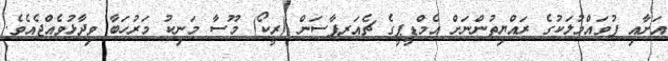
އަށާއި ފުވައްމުލަކުގެ ރައްޔިތުންނަށް އެމްޑީޕީގެ ޗެއަރޕާސަން (ރީކޯ) މޫސާ މަނިކު މަރުހަބާ ވިދާޅުވެއްޖެއެވެ.